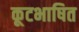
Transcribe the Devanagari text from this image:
कूटभाषित